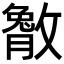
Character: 𫿔